Report on sanitation, dispensaries, and jails in Rajputana for 1912, and on vaccination for the year 1912-1913 - 1912-1913
Year: 1912
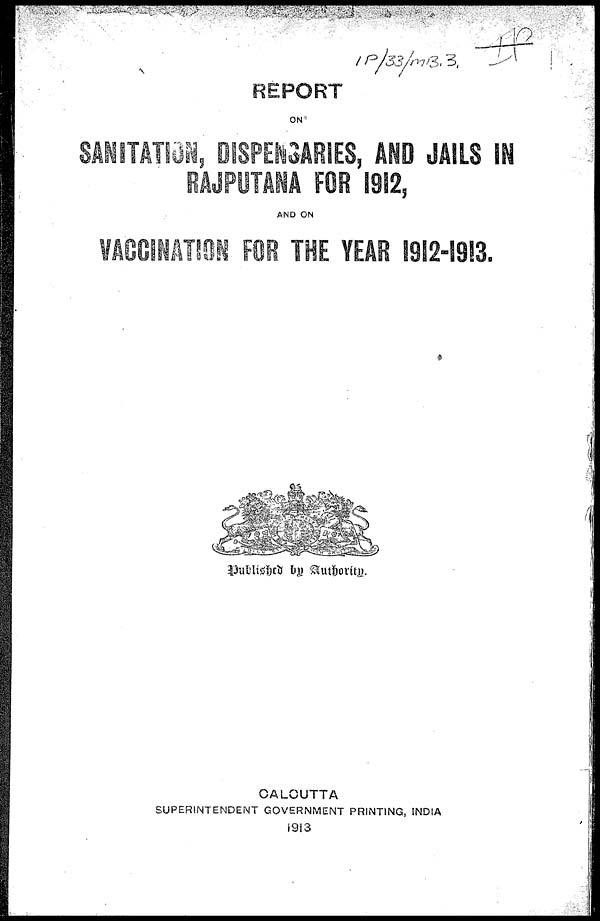
REPORT
ON
SANITATION, DISPENSARIES, AND JAILS IN
RAJPUTANA FOR 1912,
AND ON
VACCINATION FOR THE YEAR 1912-1913.
Published by Authority.
CALCUTTA
SUPERINTENDENT GOVERNMENT PRINTING, INDIA
1913